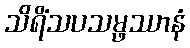
သိရိံသပသမ္ဖဿာနံ